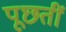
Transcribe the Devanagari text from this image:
पूछतीं